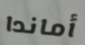
أماندا